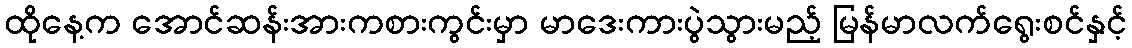
ထိုနေ့က အောင်ဆန်းအားကစားကွင်းမှာ မာဒေးကားပွဲသွားမည့် မြန်မာလက်ရွေးစင်နှင့်